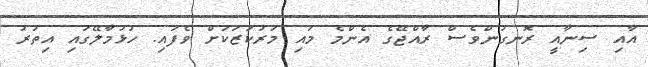
އާއި ސިނާއީ ރޮނގުންވެސް ރާއްޖޭގެ އެންމެ މައި މަރުކަޒަކަށް ވެފައި. ހުޅުމާލޭގައި އިތުރު